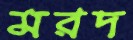
মরদ